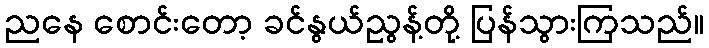
ညနေ စောင်းတော့ ခင်နွယ်ညွန့်တို့ ပြန်သွားကြသည်။